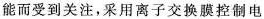
能而受到关注，采用离子交换膜控制电